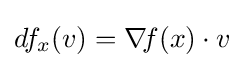
df_{x}(v)=\nabla \!f(x)\cdot v